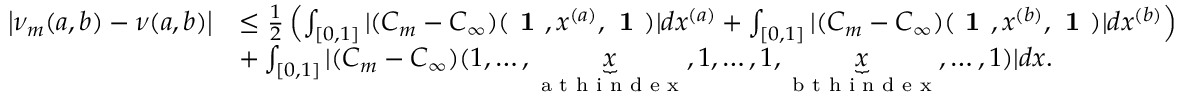
\begin{array} { r l } { \left| \nu _ { m } ( a , b ) - \nu ( a , b ) \right| } & { \leq \frac { 1 } { 2 } \left( \int _ { [ 0 , 1 ] } | ( C _ { m } - C _ { \infty } ) ( \textbf { 1 } , x ^ { ( a ) } , \textbf { 1 } ) | d x ^ { ( a ) } + \int _ { [ 0 , 1 ] } | ( C _ { m } - C _ { \infty } ) ( \textbf { 1 } , x ^ { ( b ) } , \textbf { 1 } ) | d x ^ { ( b ) } \right) } \\ & { + \int _ { [ 0 , 1 ] } | ( C _ { m } - C _ { \infty } ) ( 1 , \dots , \underbrace { x } _ { \textrm { a t h i n d e x } } , 1 , \dots , 1 , \underbrace { x } _ { \textrm { b t h i n d e x } } , \dots , 1 ) | d x . } \end{array}